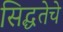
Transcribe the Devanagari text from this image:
सिद्धतेचे